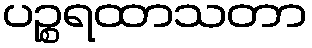
ပဉ္စရထာသတာ